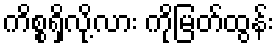
ကိစ္စရှိလို့လား ကိုမြတ်ထွန်း